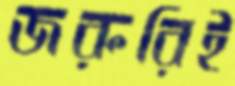
জরুরিই